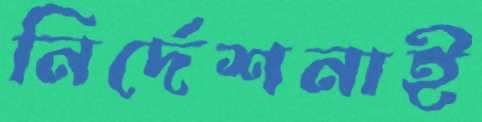
নির্দেশনাই